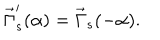
LaTeX: \vec { \Gamma } _ { s } ^ { \prime } ( \alpha ) = \vec { \Gamma } _ { s } ( - \alpha ) .